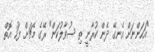
"އަހަންނަށް އެނގޭ ދެން ކުރާނީ ތި ސުވާލުކަން" ރޭގެ މެޗަށް ފަހު އޮތް